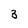
Character: 3